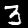
Digit: 3